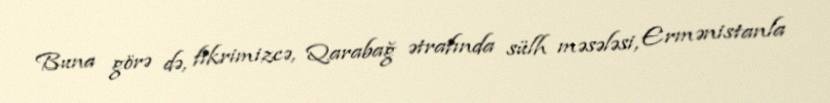
Buna görə də, fikrimizcə, Qarabağ ətrafında sülh məsələsi, Ermənistanla